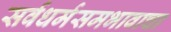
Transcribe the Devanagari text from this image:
सर्वधर्मसमभावाचा